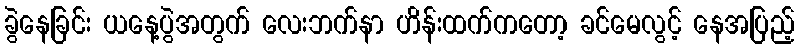
ခွဲနေခြင်း ယနေ့ပွဲအတွက် လေးဘက်နာ ဟိန်းထက်ကတော့ ခင်မေလွင့် နေအပြည့်